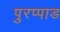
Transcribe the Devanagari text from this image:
पुरप्पाड